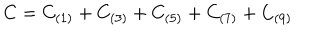
C = C _ { ( 1 ) } + C _ { ( 3 ) } + C _ { ( 5 ) } + C _ { ( 7 ) } + C _ { ( 9 ) }